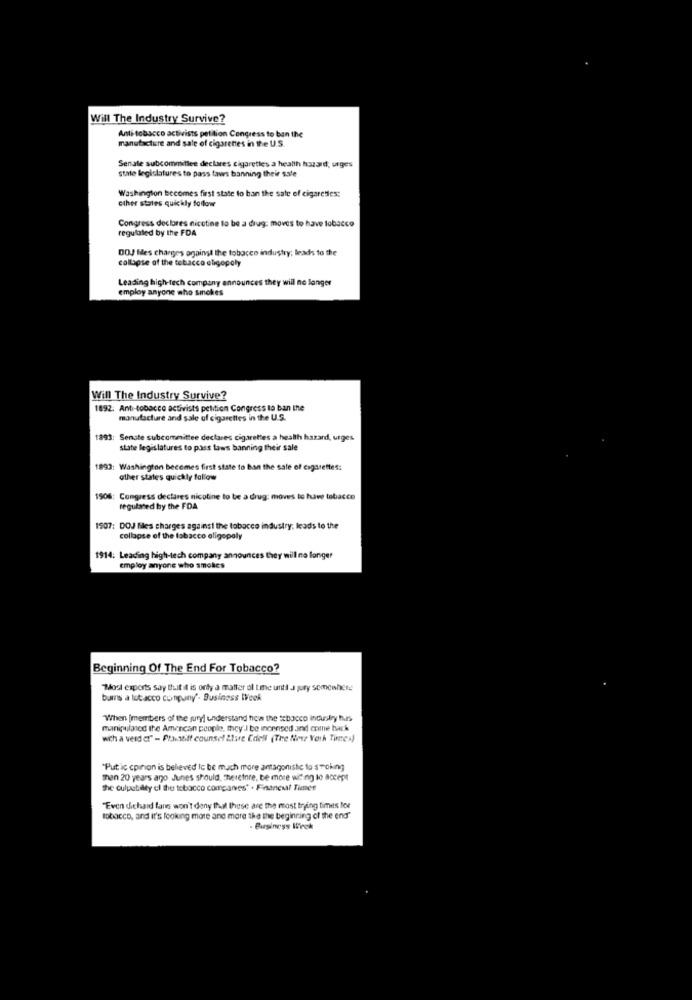
Will The Industry Survive?
manufacture and sale of cigarettes in the U.S.
Anti-tobacco activists petition Congress to ban the
Senate subcommittee declares cigaretles a health hazard; urges
state legislatures to pass faws banning their sale
other states quickly follow
Washington becomes first state to ban the sale of cigarettes:
Congress declares nicotine to be a drug: moves to have tobacco
regulated by the FDA
DOJ Mes charges against the tobacco industry; leads to the
collapse of the tobacco oligopoly
Leading high-tech company announces they will no longer
employ anyone who smokes
Will The Industry Survive?
1892. Ant-tobacco activists petition Congress to ban the
manufacture and sale of cigarettes in the U.S.
1893: Senate subcommittee declares cigarettes a health hazard, urges
state legislatures to pass tows banning their sale
1893: Washington becomes first state to han the sale of cigarettes:
other states quickly follow
1906:
Congress declares nicotine to be a drug: moves to have tobacco
regulated by the FDA
1907: DOJ Mes charges against the tobacco industry; leads to the
collapse of the tobacco oligopoly
1914: Leading high-tech company announces they will no longer
employ anyone who smokes
Beginning Of The End For Tobacco?
"Most experts say that it is only a matter of tie unti J jury somewhere
bums a totacco conpany'- Business Week
When [members of the juryi understand fica the xbacco industry huurs
manipulated the American people, they' .J be incensed and come back
with a verder" - Plastiff counsel 2lare Edell (The New York Times)
"Put ic cpiron is believed Ic be much more antagonistic to smoking
man 20 years ago Junes should, Therefore, be more witing to accept
the culpasbility of the tobacco companies" . Financial Times
"Even diehard fans won't deny that those are the most trying times for
tobacco, and it's looking more and more the the beginning of the end"
. Business Week